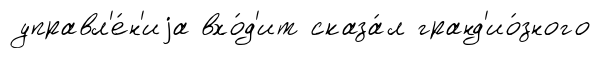
управл'е́н'иjа вхо́д'ит сказа́л гранд'ио́зного